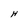
Character: H